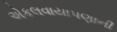
એકલવાયાપણાની